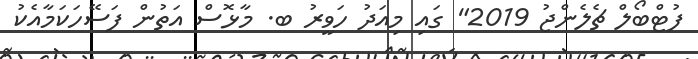
ފުޓްބޯލް ޗެލެންޖު 2019" ގައި މިއަދު ހަވީރު ބ. މާޅޮސް އަތުން ފަސޭހަކަމާއެކު